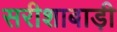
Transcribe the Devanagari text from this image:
सरीशाबाड़ी